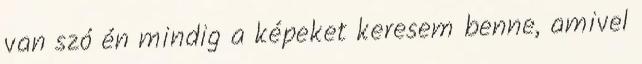
van szó én mindig a képeket keresem benne, amivel